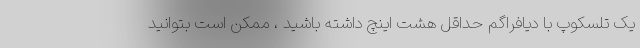
یک تلسکوپ با دیافراگم حداقل هشت اینچ داشته باشید ، ممکن است بتوانید